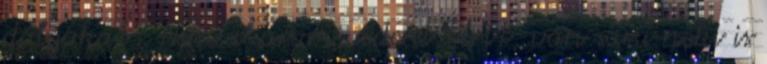
dolgokat? Nem akarom védeni Ferit, van sara neki is